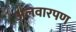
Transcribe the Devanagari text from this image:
अलवारपण